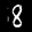
Label: 8